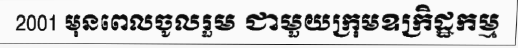
2001 មុនពេលចូលរួម ជាមួយក្រុមឧក្រិដ្ឋកម្ម